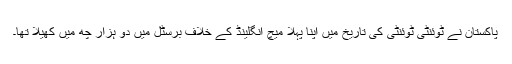
پاکستان نے ٹوئنٹی ٹوئنٹی کی تاریخ میں اپنا پہلا میچ انگلینڈ کے خلاف برسٹل میں دو ہزار چھ میں کھیلا تھا۔